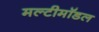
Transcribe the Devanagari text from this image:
मल्टीमॉडल